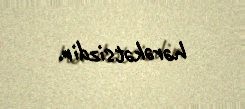
hərəkətsizdir.